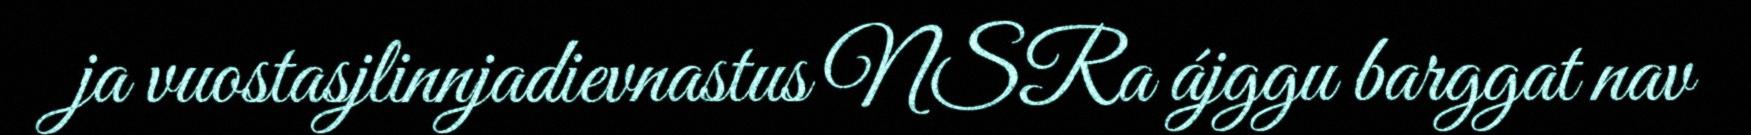
ja vuostasjlinnjadievnastus NSRa ájggu barggat nav